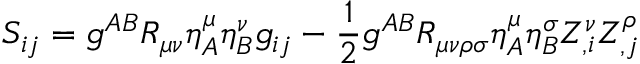
S _ { i j } = g ^ { A B } { \cal R } _ { \mu \nu } \eta _ { A } ^ { \mu } \eta _ { B } ^ { \nu } g _ { i j } - \frac { 1 } { 2 } g ^ { A B } { \cal R } _ { \mu \nu \rho \sigma } \eta _ { A } ^ { \mu } \eta _ { B } ^ { \sigma } Z _ { , i } ^ { \nu } Z _ { , j } ^ { \rho }